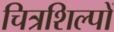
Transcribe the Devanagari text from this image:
चित्रशिल्पों